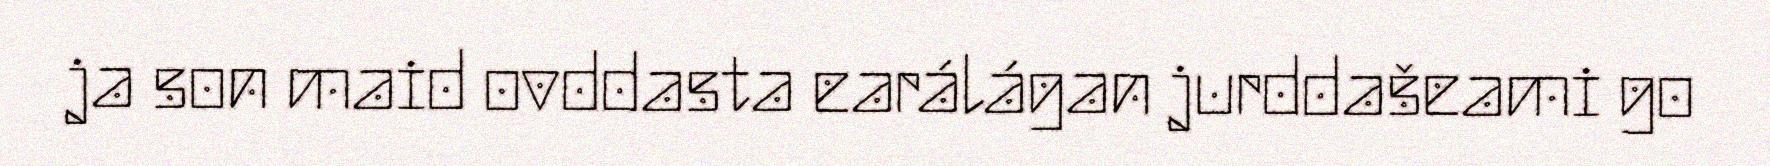
ja son maid ovddasta earálágan jurddašeami go